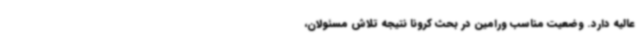
عالیه دارد. وضعیت مناسب ورامین در بحث کرونا ‌نتیجه تلاش‌ مسئولان،